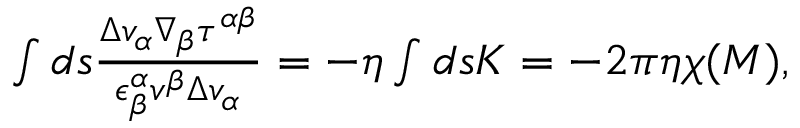
\begin{array} { r } { \int d s \frac { \Delta v _ { \alpha } \nabla _ { \beta } \tau ^ { \alpha \beta } } { \epsilon _ { \beta } ^ { \alpha } v ^ { \beta } \Delta v _ { \alpha } } = - \eta \int d s K = - 2 \pi \eta \chi ( { \cal M } ) , } \end{array}